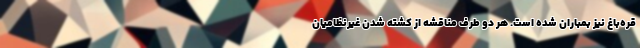
قره‌باغ نیز بمباران شده است. هر دو طرف مناقشه از کشته شدن غیرنظامیان